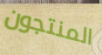
المنتجون